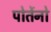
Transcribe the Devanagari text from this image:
पोर्तेनो